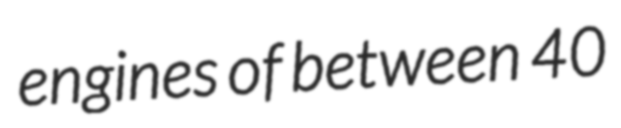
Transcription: engines of between 40